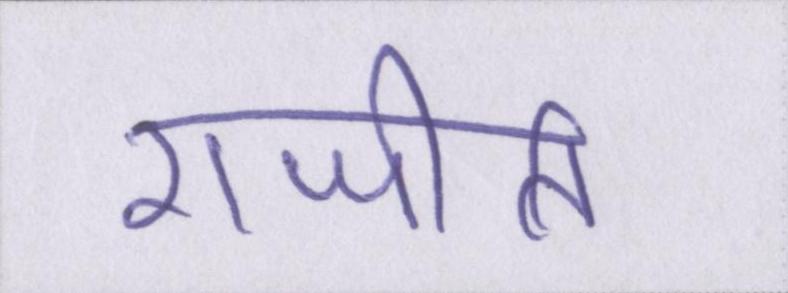
राजीति